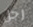
رجل